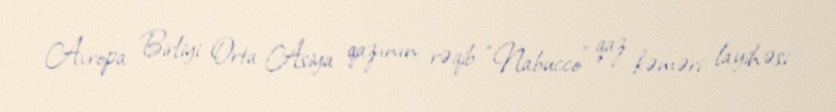
Avropa Birliyi Orta Asiya qazının rəqib “Nabucco” qaz kəməri layihəsi